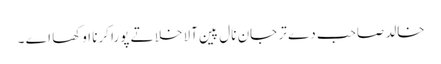
خالد صاحب دے تر جان نال پین آلا خلا تے پورا کرنا اوکھا اے ۔